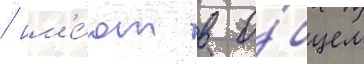
/ им'е́ют в о́бщем